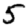
Digit: 5